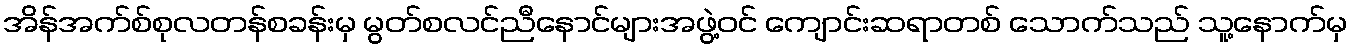
အိန်အက်စ်စုလတန်စခန်းမှ မွတ်စလင်ညီနောင်များအဖွဲ့ဝင် ကျောင်းဆရာတစ် သောက်သည် သူ့နောက်မှ